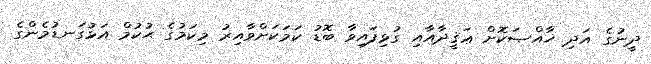
ދީނުގެ އަދި ޚާއްޞަކޮށް ޢަޤީދާއާއި ގުޅިފައިވާ ބޮޑު ކަމަކަށްވާއިރު މިކަމުގެ ޙުކުމް އަޅުގަނޑުމެންގެ